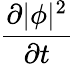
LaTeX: \frac{\partial|\phi|^{2}}{\partial t}